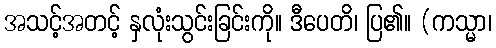
အသင့်အတင့် နှလုံးသွင်းခြင်းကို။ ဒီပေတိ၊ ပြ၏။ (ကသ္မာ၊